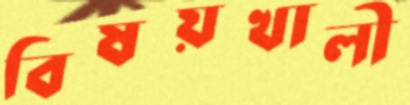
বিষয়খালী